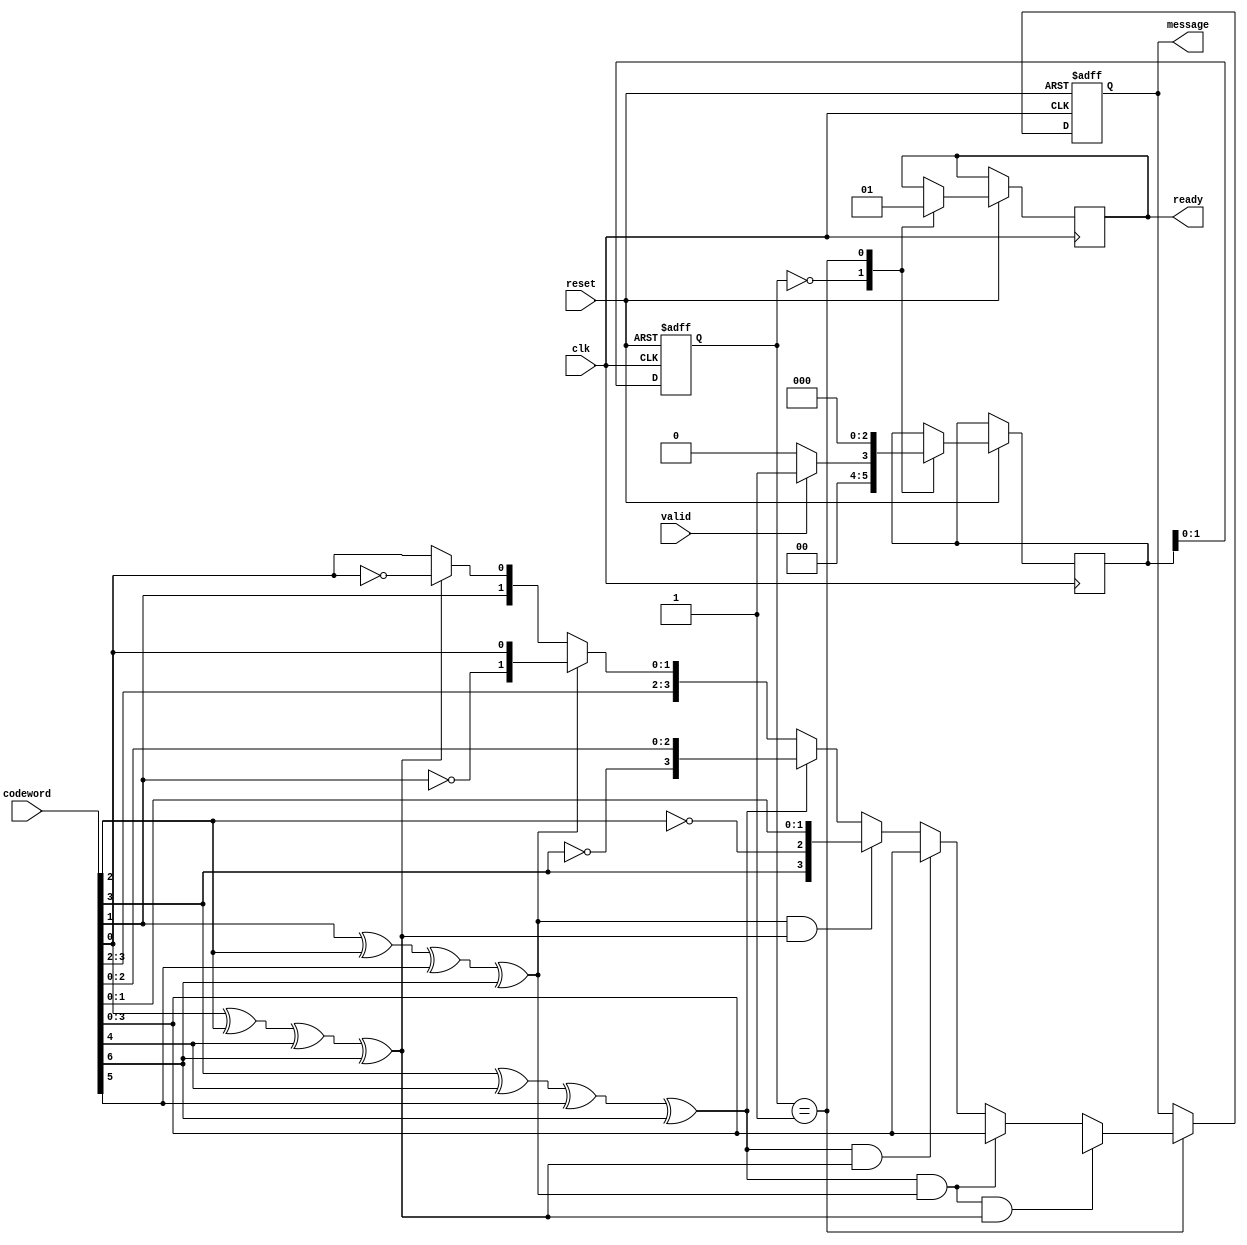
module hamming_decoder(
  input wire [6:0] codeword,
  input wire clk,
  input wire valid,
  input wire reset,
  output reg ready,
  output wire [3:0] message
);
  wire [2:0] syndrome;
  reg [3:0] decoded_message;
  reg error_detected;
  reg [1:0] state;
  reg [2:0] next_state;
  
  // State definitions
  parameter IDLE = 2'b00;
  parameter DECODE = 2'b01;
  
  // Calculate the syndrome by XORing the received codeword with each parity bit
  assign syndrome[0] = codeword[0] ^ codeword[2] ^ codeword[4] ^ codeword[6];
  assign syndrome[1] = codeword[1] ^ codeword[2] ^ codeword[5] ^ codeword[6];
  assign syndrome[2] = codeword[3] ^ codeword[4] ^ codeword[5] ^ codeword[6];
  
  // State machine to decode the codeword
  always @(posedge clk or negedge reset) begin
    if (~reset) begin
      state <= IDLE;
      decoded_message <= 4'bxxxx;
      error_detected <= 0;
    end 
	else begin
      state <= next_state;
      case (state)
        IDLE: 
		begin
			ready <= 0;
          if (valid) begin
            next_state <= DECODE;
          end else begin
            next_state <= IDLE;
          end
        end
        DECODE: 
		begin	
		  ready <= 1;
          error_detected <= 0;
		  decoded_message <= {codeword[3], codeword[2], codeword[1], codeword[0]};
          if (syndrome[2] && syndrome[1] && syndrome[0]) begin
            // Three errors occurred, unable to correct
            decoded_message <= 4'bxxxx;
            error_detected <= 1;
          end else if (syndrome[2] && syndrome[1]) begin
            // Error in parity bit P2
            error_detected <= 1;
          end else if (syndrome[2] && syndrome[0]) begin
            // Error in parity bit P1
            error_detected <= 1;
          end else if (syndrome[1] && syndrome[0]) begin
            // Error in data bit D2
            decoded_message <= {codeword[3], ~codeword[2], codeword[1], codeword[0]};
            error_detected <= 1;
          end else if (syndrome[2]) begin
            // Error in data bit D3
            decoded_message <= {~codeword[3], codeword[2], codeword[1], codeword[0]};
            error_detected <= 1;
          end else if (syndrome[1]) begin
            // Error in data bit D1
            decoded_message <= {codeword[3], codeword[2], ~codeword[1], codeword[0]};
            error_detected <= 1;
          end else if (syndrome[0]) begin
            // Error in data bit D0
            decoded_message <= {codeword[3], codeword[2], codeword[1], ~codeword[0]};
            error_detected <= 1;
          end
          next_state <= IDLE;
        end
      endcase
    end
  end  
  // Assign output signals
  assign message = decoded_message;
endmodule